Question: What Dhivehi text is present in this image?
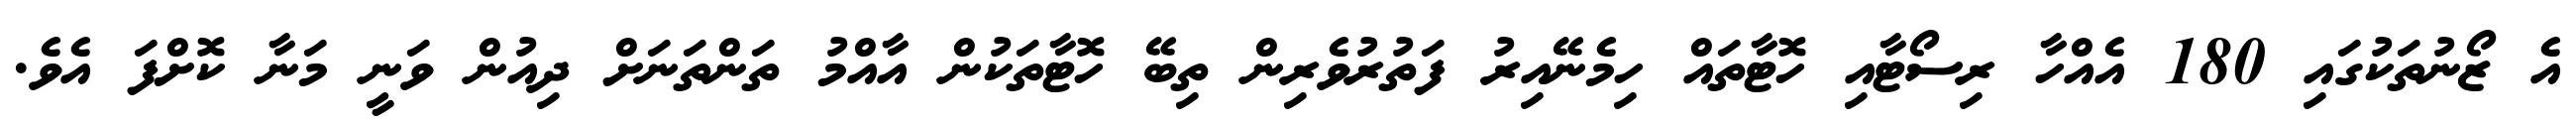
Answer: އެ ޒޯނުތަކުގައި 180 އެއްހާ ރިސޯޓާއި ހޮޓާތައް ހިމެނޭއިރު ފަތުރުވެރިން ތިބޭ ހޮޓާތަކުން އާއްމު ތަންތަނަށް ދިއުން ވަނީ މަނާ ކޮށްފަ އެވެ.